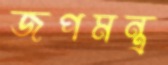
জপমন্ত্র